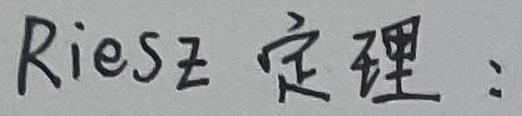
Riesz 定理：